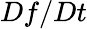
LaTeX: Df/Dt